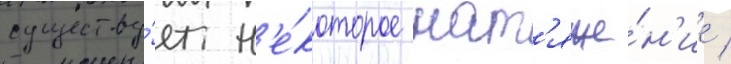
существу́ет н'е́которое нат'яже́н'ие /